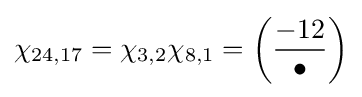
\chi _{24,17}=\chi _{3,2}\chi _{8,1}=\left({\frac {-12}{\bullet }}\right)